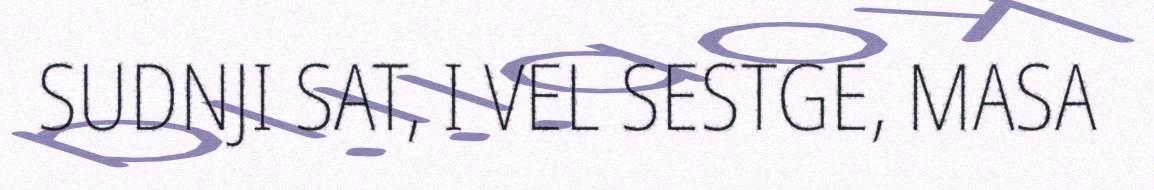
SUDNJI SAT, I VEL SESTGE, MASA